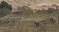
પિપલ